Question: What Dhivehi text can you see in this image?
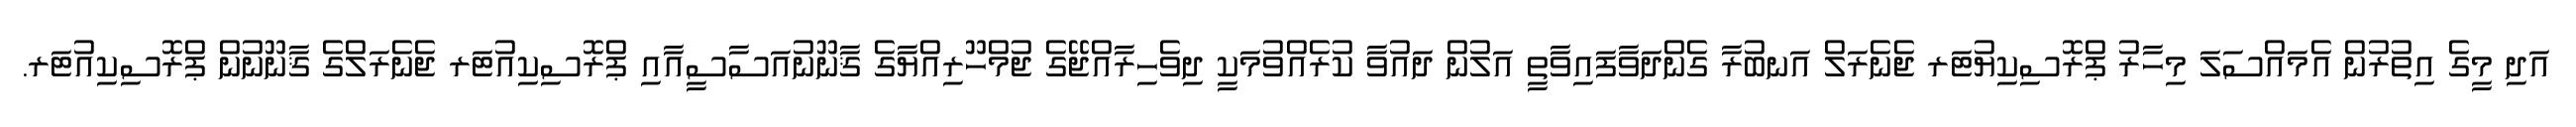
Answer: އަދި މީގެ އިތުރުން އެމައްސަލަ މިހާރު ޕްރޮސިކިޔުޓަރ ޖެނެރަލް އަނބުރާ ގެންދަވާފައިވާތީ އަލުން ދައުވާ ކުރެއްވުމަކީ ދިވެހިރާއްޖޭގެ ޖުމްހޫރިއްޔާގެ ޤާނޫނުއަސާސީއާއި ޕްރޮސިކިއުޓަރ ޖެނެރަލްގެ ޤާނޫނުން ޕްރޮސިކިއުޓަރ.